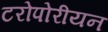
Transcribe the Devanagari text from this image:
टरोपोरीयन